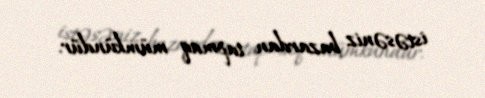
istəsəniz bazardan tapmaq mümkündür.